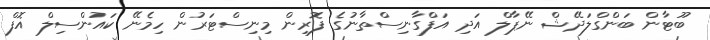
ބޫޓާން ބަންގްލަދޭޝް ނޭޕާލް އަދި އަފްގާނިސްތާނުގެ ފޮރިން މިނިސްޓަރުން ހިމެނޭ ކައުންސިލް އޮފް